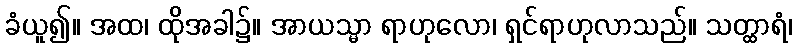
ခံယူ၍။ အထ၊ ထိုအခါ၌။ အာယသ္မာ ရာဟုလော၊ ရှင်ရာဟုလာသည်။ သတ္ထာရံ၊